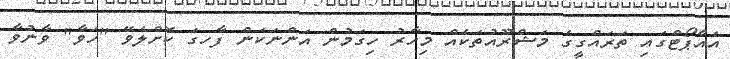
އެއާޕޯޓްގައި ތަރައްގީގެ މަޝްރޫއުތަކެއް މިހާރު ހިގަމުން އަންނަކަން ފާހގަަ ކޮށްލެވޭ "ހަވާ" ވާނުވާ